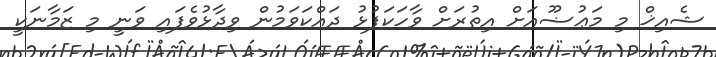
ޝެއިޚް މި މަޢުޟޫއަށް އިތުރަށް ވާހަކަފުޅު ދައްކަވަމުން ވިދާޅުވެފައި ވަނީ މި ޒަމާނަކީ